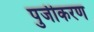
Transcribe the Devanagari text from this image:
पुजीकरण